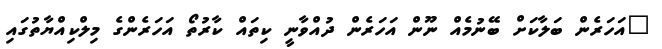
"އަހަރެން ބަލާކަށް ބޭނުމެއް ނޫން އަހަރެން ދުއްވާނީ ކިތައް ކާރުތޯ އަހަރެންގެ މިލްކިއްޔާތުގައި